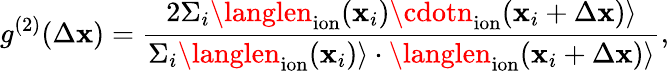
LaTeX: g^{(2)}(\Delta\mathbf{x})=\frac{{2\Sigma_{i}\langlen_{\mathrm{{ion}}}(\mathbf{x}_{i})\cdotn_{\mathrm{{ion}}}(\mathbf{x}_{i}+\Delta\mathbf{x})\rangle}}{{\Sigma_{i}\langlen_{\mathrm{{ion}}}(\mathbf{x}_{i})\rangle\cdot\langlen_{\mathrm{{ion}}}(\mathbf{x}_{i}+\Delta\mathbf{x})\rangle}},